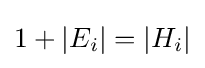
1+|E_{i}|=|H_{i}|